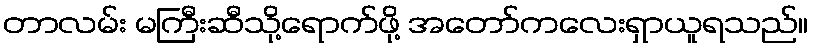
တာလမ်း မကြီးဆီသို့ရောက်ဖို့ အတော်ကလေးရှာယူရသည်။